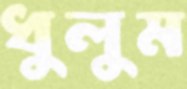
ধুলুম